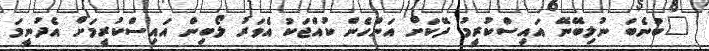
"ބުނެބަ ނުލިބޭނޭ އައިސްކުރީމު ދޭކަށް އަންހެން ކުއްޖަކު އެވަރު ލޯބިން އައިސްކުރީމަށް އެދުނީމަ